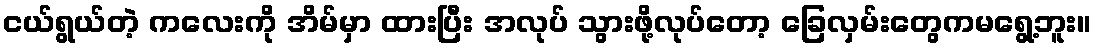
ငယ်ရွယ်တဲ့ ကလေးကို အိမ်မှာ ထားပြီး အလုပ် သွားဖို့လုပ်တော့ ခြေလှမ်းတွေကမရွေ့ဘူး။